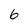
Character: 6